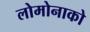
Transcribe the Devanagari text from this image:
लोमोनाको